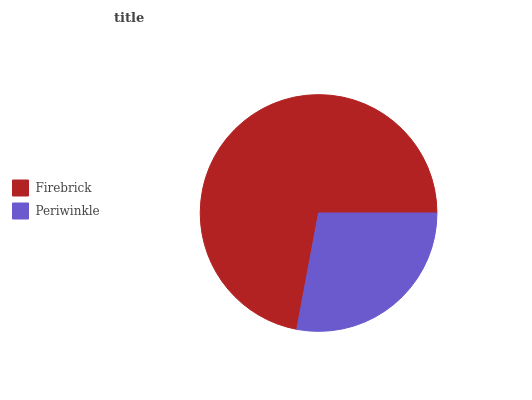
| Firebrick | Periwinkle |
 | --- | --- |
 | 72% | 28% |